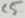
Text: C5